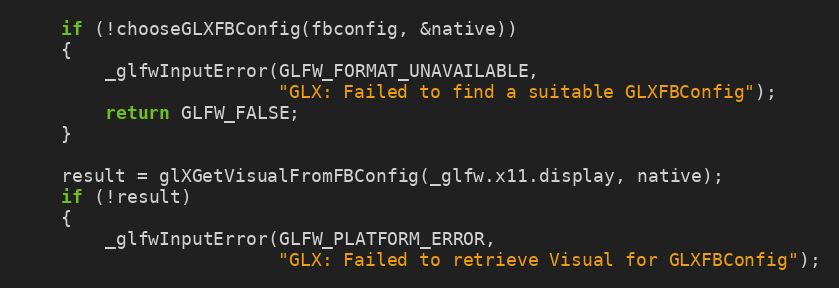
Language: C
    if (!chooseGLXFBConfig(fbconfig, &native))
    {
        _glfwInputError(GLFW_FORMAT_UNAVAILABLE,
                        "GLX: Failed to find a suitable GLXFBConfig");
        return GLFW_FALSE;
    }

    result = glXGetVisualFromFBConfig(_glfw.x11.display, native);
    if (!result)
    {
        _glfwInputError(GLFW_PLATFORM_ERROR,
                        "GLX: Failed to retrieve Visual for GLXFBConfig");